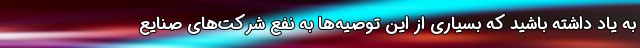
به یاد داشته باشید که بسیاری از این توصیه‌ها به نفع شرکت‌های صنایع